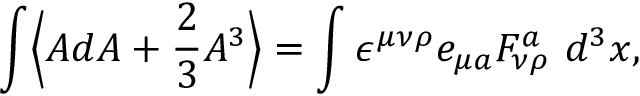
\int \Bigl \langle A d A + \frac { 2 } { 3 } A ^ { 3 } \Bigr \rangle = \int \epsilon ^ { \mu \nu \rho } e _ { \mu a } F _ { \nu \rho } ^ { a } ~ d ^ { 3 } x ,